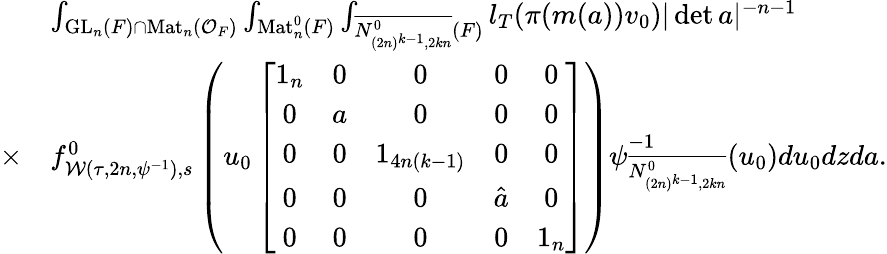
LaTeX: \begin{array}{rl}&{\int_{\mathrm{GL}_{n}(F)\cap\mathrm{Mat}_{n}(\mathcal{O}_{F})}\int_{\mathrm{Mat}_{n}^{0}(F)}\int_{\overline{{N_{(2n)^{k-1},2kn}^{0}}}(F)}l_{T}(\pi(m(a))v_{0})|\operatorname*{det}a|^{-n-1}}\\ {\times}&{f_{\mathcal{W}(\tau,2n,\psi^{-1}),s}^{0}\left(u_{0}\left[\begin{array}{ccccc}{1_{n}}&{0}&{0}&{0}&{0}\\ {0}&{a}&{0}&{0}&{0}\\ {0}&{0}&{1_{4n(k-1)}}&{0}&{0}\\ {0}&{0}&{0}&{\hat{a}}&{0}\\ {0}&{0}&{0}&{0}&{1_{n}}\end{array}\right]\right)\psi_{\overline{{N_{(2n)^{k-1},2kn}^{0}}}}^{-1}(u_{0})du_{0}dzda.}\end{array}